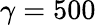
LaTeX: \gamma=500